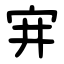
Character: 宑